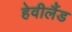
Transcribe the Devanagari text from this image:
हेवीलैंड